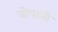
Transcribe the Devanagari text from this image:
नोपानी